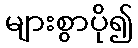
များစွာပို၍